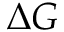
\Delta G